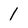
Character: 1